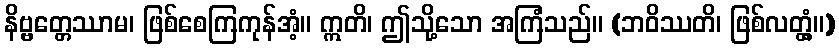
နိဗ္ဗတ္တေဿာမ၊ ဖြစ်စေကြကုန်အံ့။ ဣတိ၊ ဤသို့သော အကြံသည်။ (ဘဝိဿတိ၊ ဖြစ်လတ္တံ့။)